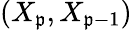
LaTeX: (X_{\mathfrak{p}},X_{\mathfrak{p}-1})